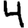
Digit: 4